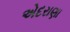
એદરાણા